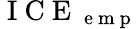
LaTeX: \mathrm{~I~C~E~}_{\mathrm{~e~m~p~}}